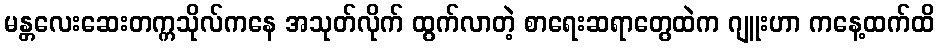
မန္တလေးဆေးတက္ကသိုလ်ကနေ အသုတ်လိုက် ထွက်လာတဲ့ စာရေးဆရာတွေထဲက ဂျူးဟာ ကနေ့ထက်ထိ